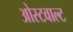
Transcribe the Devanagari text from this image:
ओस्टवाल्ट